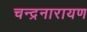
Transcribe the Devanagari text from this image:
चन्द्रनारायण